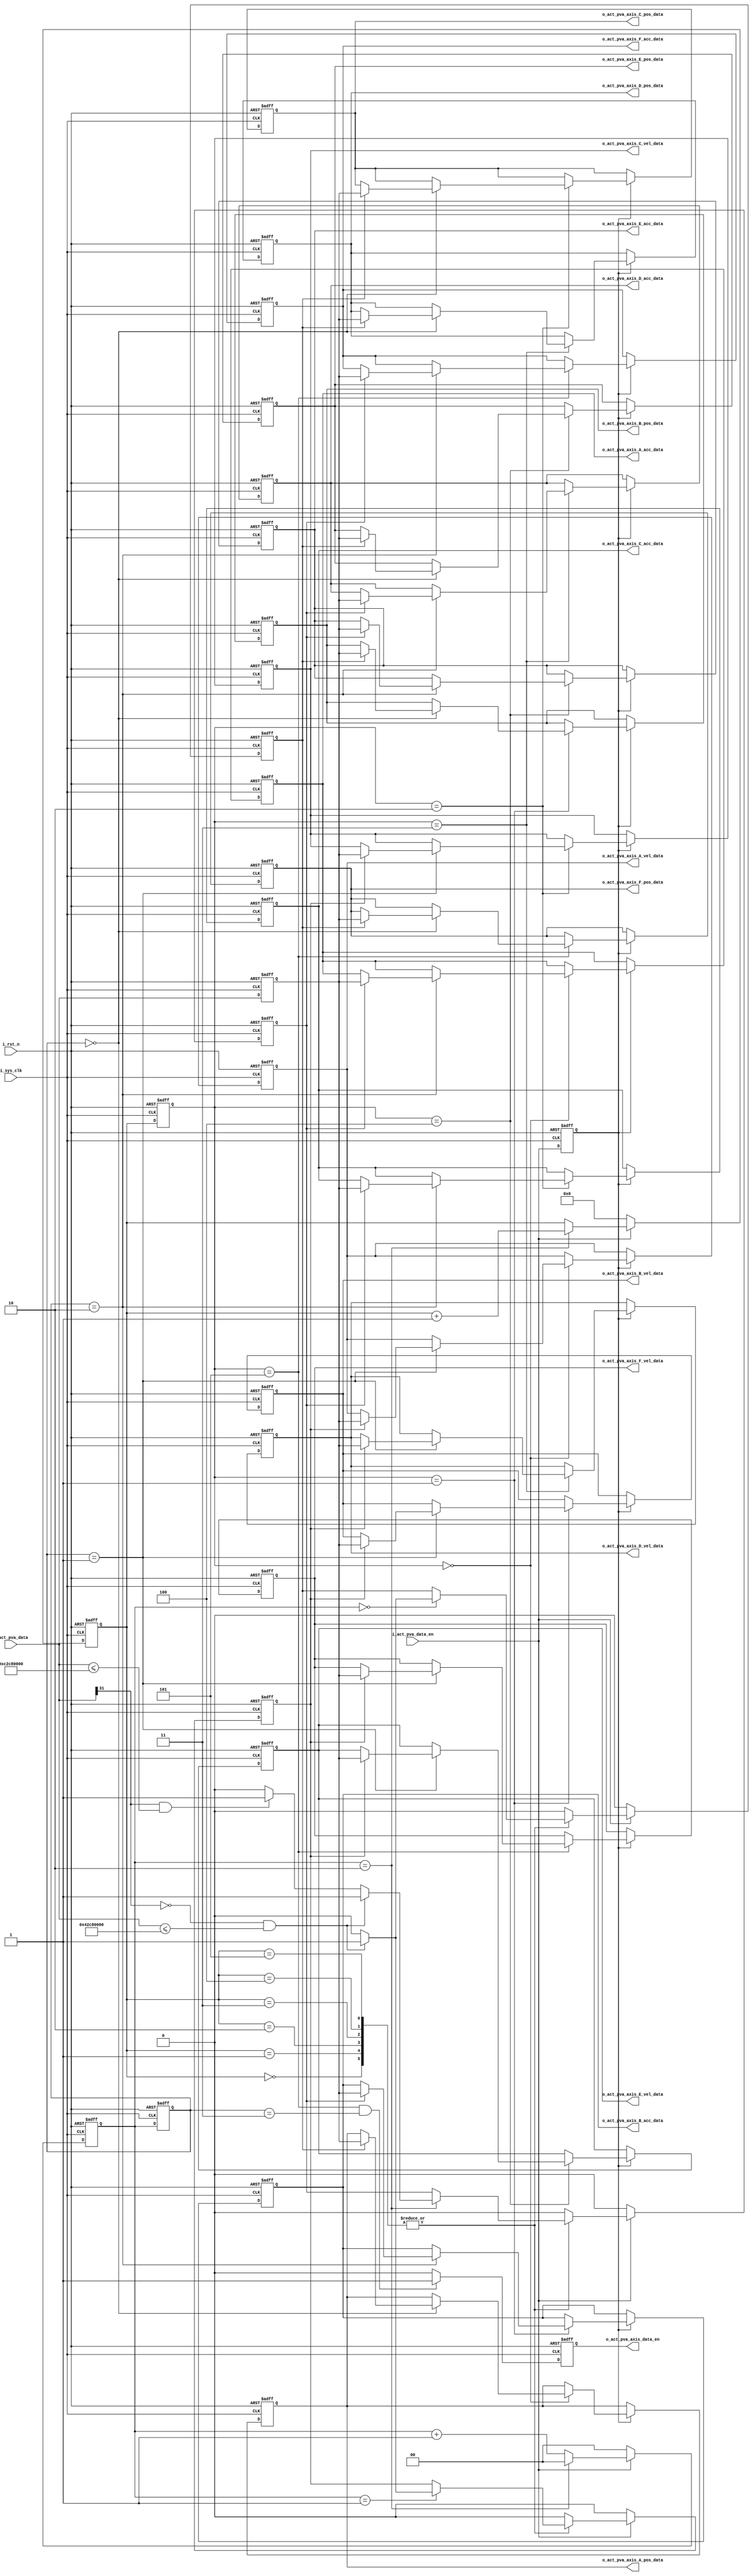
`timescale 1ns / 1ps
//////////////////////////////////////////////////////////////////////////////////
// Company:             Xunitek
// Module Name:         
// HDL Type:            Verilog HDL 
// Target Devices:      zynq-xc7z020clg484-1
// Tool versions:       vivado 2019.1 
// Description:         
// Create Date: 
// Dependencies: 
//--------------------------------------------------------------------------------
// Revision History 		                         
//
//--------------------------------------------------------------------------------
// Additional Comments: 
//protocal data header description:(16 bytes)
//byte          description          type           unit     value
// 4            pkg_length           uint_32        byte 
// 4            pkg_cnt              uint_32        num
// 4            reserved             uint_32        num
// 4            instruct_ID          uint_32        num
//
//instruct_ID:
//001:connect request
//002:disconnect request
//100:platform DOF command mode data
//101:actuator position command mode data
//102:motion cueing mode data
//103:playback mode data
//104:extended motion cueing mode data
//105:actuator position,velocity,acceleration command mode data
// 
//////////////////////////////////////////////////////////////////////////////////
module actuator_pva #(parameter INS_WIDTH = 32)
        (
            input                   i_sys_clk,
            input                   i_rst_n,
            input                   i_act_pva_data_en,                
            input [INS_WIDTH-1:0]   i_act_pva_data,    

            output [INS_WIDTH-1:0]  o_act_pva_axis_A_pos_data,
            output [INS_WIDTH-1:0]  o_act_pva_axis_A_vel_data,
            output [INS_WIDTH-1:0]  o_act_pva_axis_A_acc_data,
            output [INS_WIDTH-1:0]  o_act_pva_axis_B_pos_data,
            output [INS_WIDTH-1:0]  o_act_pva_axis_B_vel_data,
            output [INS_WIDTH-1:0]  o_act_pva_axis_B_acc_data,
            output [INS_WIDTH-1:0]  o_act_pva_axis_C_pos_data,
            output [INS_WIDTH-1:0]  o_act_pva_axis_C_vel_data,
            output [INS_WIDTH-1:0]  o_act_pva_axis_C_acc_data,
            output [INS_WIDTH-1:0]  o_act_pva_axis_D_pos_data,
            output [INS_WIDTH-1:0]  o_act_pva_axis_D_vel_data,
            output [INS_WIDTH-1:0]  o_act_pva_axis_D_acc_data,
            output [INS_WIDTH-1:0]  o_act_pva_axis_E_pos_data,
            output [INS_WIDTH-1:0]  o_act_pva_axis_E_vel_data,
            output [INS_WIDTH-1:0]  o_act_pva_axis_E_acc_data,
            output [INS_WIDTH-1:0]  o_act_pva_axis_F_pos_data,
            output [INS_WIDTH-1:0]  o_act_pva_axis_F_vel_data,
            output [INS_WIDTH-1:0]  o_act_pva_axis_F_acc_data,
            output reg              o_act_pva_axis_data_en
        );

//axis A
reg [INS_WIDTH-1:0]     s_axis_A_pos_max=32'h42C8_0000;//100m
reg [INS_WIDTH-1:0]     s_axis_A_vel_max=32'h42C8_0000;//100m/s
reg [INS_WIDTH-1:0]     s_axis_A_acc_min=32'hC2C8_0000;//-100m/s2
reg [INS_WIDTH-1:0]     s_axis_A_acc_max=32'h42C8_0000;//100m/s2
//axis B
reg [INS_WIDTH-1:0]     s_axis_B_pos_max=32'h42C8_0000;//100m
reg [INS_WIDTH-1:0]     s_axis_B_vel_max=32'h42C8_0000;//100m/s
reg [INS_WIDTH-1:0]     s_axis_B_acc_min=32'hC2C8_0000;//-100m/s2
reg [INS_WIDTH-1:0]     s_axis_B_acc_max=32'h42C8_0000;//100m/s2
//axis C
reg [INS_WIDTH-1:0]     s_axis_C_pos_max=32'h42C8_0000;//100m
reg [INS_WIDTH-1:0]     s_axis_C_vel_max=32'h42C8_0000;//100m/s
reg [INS_WIDTH-1:0]     s_axis_C_acc_min=32'hC2C8_0000;//-100m/s2
reg [INS_WIDTH-1:0]     s_axis_C_acc_max=32'h42C8_0000;//100m/s2
//axis D
reg [INS_WIDTH-1:0]     s_axis_D_pos_max=32'h42C8_0000;//100m
reg [INS_WIDTH-1:0]     s_axis_D_vel_max=32'h42C8_0000;//100m/s
reg [INS_WIDTH-1:0]     s_axis_D_acc_min=32'hC2C8_0000;//-100m/s2
reg [INS_WIDTH-1:0]     s_axis_D_acc_max=32'h42C8_0000;//100m/s2
//axis E
reg [INS_WIDTH-1:0]     s_axis_E_pos_max=32'h42C8_0000;//100m
reg [INS_WIDTH-1:0]     s_axis_E_vel_max=32'h42C8_0000;//100m/s
reg [INS_WIDTH-1:0]     s_axis_E_acc_min=32'hC2C8_0000;//-100m/s2
reg [INS_WIDTH-1:0]     s_axis_E_acc_max=32'h42C8_0000;//100m/s2
//axis F
reg [INS_WIDTH-1:0]     s_axis_F_pos_max=32'h42C8_0000;//100m
reg [INS_WIDTH-1:0]     s_axis_F_vel_max=32'h42C8_0000;//100m/s
reg [INS_WIDTH-1:0]     s_axis_F_acc_min=32'hC2C8_0000;//-100m/s2
reg [INS_WIDTH-1:0]     s_axis_F_acc_max=32'h42C8_0000;//100m/s2

reg [INS_WIDTH-1:0]     s_axis_A_pos_data;
reg [INS_WIDTH-1:0]     s_axis_A_vel_data;
reg [INS_WIDTH-1:0]     s_axis_A_acc_data;

reg [INS_WIDTH-1:0]     s_axis_B_pos_data;
reg [INS_WIDTH-1:0]     s_axis_B_vel_data;
reg [INS_WIDTH-1:0]     s_axis_B_acc_data;

reg [INS_WIDTH-1:0]     s_axis_C_pos_data;
reg [INS_WIDTH-1:0]     s_axis_C_vel_data;
reg [INS_WIDTH-1:0]     s_axis_C_acc_data;

reg [INS_WIDTH-1:0]     s_axis_D_pos_data;
reg [INS_WIDTH-1:0]     s_axis_D_vel_data;
reg [INS_WIDTH-1:0]     s_axis_D_acc_data;

reg [INS_WIDTH-1:0]     s_axis_E_pos_data;
reg [INS_WIDTH-1:0]     s_axis_E_vel_data;
reg [INS_WIDTH-1:0]     s_axis_E_acc_data;

reg [INS_WIDTH-1:0]     s_axis_F_pos_data;
reg [INS_WIDTH-1:0]     s_axis_F_vel_data;
reg [INS_WIDTH-1:0]     s_axis_F_acc_data;



reg [4:0]               s_data_cnt;
reg [1:0]               s_data_loop_cnt;
reg [3:0]               s_axis_cnt;
reg [1:0]               s_data_loop_cnt_reg;
reg [3:0]               s_axis_cnt_reg;
reg [4:0]               s_data_valid_record;
reg                     s_pos_data_valid;
reg                     s_vel_data_valid;
reg                     s_acc_data_valid;
reg [INS_WIDTH-1:0]     s_act_pva_data;
reg                     s_act_pva_data_en;


always@(posedge i_sys_clk or negedge i_rst_n)begin
    if(!i_rst_n)begin
        s_data_loop_cnt <= 'd0;
        s_axis_cnt      <= 'd0;
    end else if(i_act_pva_data_en)begin
        if(s_data_loop_cnt == 2)begin
            s_data_loop_cnt <= 'd0;
            s_axis_cnt      <= s_axis_cnt + 1'b1;
        end else begin
            s_data_loop_cnt <= s_data_loop_cnt + 1'b1;
            s_axis_cnt      <= s_axis_cnt;
        end
    end else begin
        s_data_loop_cnt <= 'd0;
        s_axis_cnt      <= 'd0;
    end
end

always@(posedge i_sys_clk or negedge i_rst_n)begin
    if(!i_rst_n)begin
        s_data_loop_cnt_reg     <=  'd0;
        s_axis_cnt_reg          <=  'd0;
        s_act_pva_data          <=  'd0;
        s_act_pva_data_en       <= 1'b0;
    end else begin
        s_data_loop_cnt_reg     <= s_data_loop_cnt;
        s_axis_cnt_reg          <= s_axis_cnt;
        s_act_pva_data          <= i_act_pva_data;
        s_act_pva_data_en       <= i_act_pva_data_en;
    end
end

always@(posedge i_sys_clk or negedge i_rst_n)begin
    if(!i_rst_n)begin
        s_pos_data_valid    <= 1'b0;
        s_vel_data_valid    <= 1'b0;
        s_acc_data_valid    <= 1'b0;
    end else if(i_act_pva_data_en)begin
        case(s_axis_cnt)
            'd0://axis A
                begin
                    case(s_data_loop_cnt)
                        'd0:
                            begin
                                if(i_act_pva_data[31]==1'b0 && i_act_pva_data<= s_axis_A_pos_max)begin
                                    s_pos_data_valid    <= 1'b1;
                                end else begin
                                    s_pos_data_valid    <= 1'b0;
                                end
                            end
                        'd1:
                            begin
                                if(i_act_pva_data[31]==1'b0 && i_act_pva_data<= s_axis_A_vel_max)begin
                                    s_vel_data_valid    <= 1'b1;
                                end else begin
                                    s_vel_data_valid    <= 1'b0;
                                end
                            end
                        'd2:
                            begin
                                if(i_act_pva_data[31]==1'b0 && i_act_pva_data<= s_axis_A_acc_max)begin
                                    s_acc_data_valid    <= 1'b1;
                                end else if(i_act_pva_data[31]==1'b1 && i_act_pva_data<= s_axis_A_acc_min)begin
                                    s_acc_data_valid    <= 1'b1;
                                end else begin
                                    s_acc_data_valid    <= 1'b0;
                                end
                            end
                        default: ;
                    endcase        
                end
            'd1: //axis B
                begin
                    case(s_data_loop_cnt)
                        'd0:
                            begin
                                if(i_act_pva_data[31]==1'b0 && i_act_pva_data<= s_axis_B_pos_max)begin
                                    s_pos_data_valid    <= 1'b1;
                                end else begin
                                    s_pos_data_valid    <= 1'b0;
                                end
                            end
                        'd1:
                            begin
                                if(i_act_pva_data[31]==1'b0 && i_act_pva_data<= s_axis_B_vel_max)begin
                                    s_vel_data_valid    <= 1'b1;
                                end else begin
                                    s_vel_data_valid    <= 1'b0;
                                end
                            end
                        'd2:
                            begin
                                if(i_act_pva_data[31]==1'b0 && i_act_pva_data<= s_axis_B_acc_max)begin
                                    s_acc_data_valid    <= 1'b1;
                                end else if(i_act_pva_data[31]==1'b1 && i_act_pva_data<= s_axis_B_acc_min)begin
                                    s_acc_data_valid    <= 1'b1;
                                end else begin
                                    s_acc_data_valid    <= 1'b0;
                                end
                            end
                        default: ;
                    endcase        
                end            
            'd2: //axis C
                begin
                    case(s_data_loop_cnt)
                        'd0:
                            begin
                                if(i_act_pva_data[31]==1'b0 && i_act_pva_data<= s_axis_C_pos_max)begin
                                    s_pos_data_valid    <= 1'b1;
                                end else begin
                                    s_pos_data_valid    <= 1'b0;
                                end
                            end
                        'd1:
                            begin
                                if(i_act_pva_data[31]==1'b0 && i_act_pva_data<= s_axis_C_vel_max)begin
                                    s_vel_data_valid    <= 1'b1;
                                end else begin
                                    s_vel_data_valid    <= 1'b0;
                                end
                            end
                        'd2:
                            begin
                                if(i_act_pva_data[31]==1'b0 && i_act_pva_data<= s_axis_C_acc_max)begin
                                    s_acc_data_valid    <= 1'b1;
                                end else if(i_act_pva_data[31]==1'b1 && i_act_pva_data<= s_axis_C_acc_min)begin
                                    s_acc_data_valid    <= 1'b1;
                                end else begin
                                    s_acc_data_valid    <= 1'b0;
                                end
                            end
                        default: ;
                    endcase        
                end  
            'd3: //axis D
                begin
                    case(s_data_loop_cnt)
                        'd0:
                            begin
                                if(i_act_pva_data[31]==1'b0 && i_act_pva_data<= s_axis_D_pos_max)begin
                                    s_pos_data_valid    <= 1'b1;
                                end else begin
                                    s_pos_data_valid    <= 1'b0;
                                end
                            end
                        'd1:
                            begin
                                if(i_act_pva_data[31]==1'b0 && i_act_pva_data<= s_axis_D_vel_max)begin
                                    s_vel_data_valid    <= 1'b1;
                                end else begin
                                    s_vel_data_valid    <= 1'b0;
                                end
                            end
                        'd2:
                            begin
                                if(i_act_pva_data[31]==1'b0 && i_act_pva_data<= s_axis_D_acc_max)begin
                                    s_acc_data_valid    <= 1'b1;
                                end else if(i_act_pva_data[31]==1'b1 && i_act_pva_data<= s_axis_D_acc_min)begin
                                    s_acc_data_valid    <= 1'b1;
                                end else begin
                                    s_acc_data_valid    <= 1'b0;
                                end
                            end
                        default: ;
                    endcase        
                end 
            'd4: //axis E
                begin
                    case(s_data_loop_cnt)
                        'd0:
                            begin
                                if(i_act_pva_data[31]==1'b0 && i_act_pva_data<= s_axis_E_pos_max)begin
                                    s_pos_data_valid    <= 1'b1;
                                end else begin
                                    s_pos_data_valid    <= 1'b0;
                                end
                            end
                        'd1:
                            begin
                                if(i_act_pva_data[31]==1'b0 && i_act_pva_data<= s_axis_E_vel_max)begin
                                    s_vel_data_valid    <= 1'b1;
                                end else begin
                                    s_vel_data_valid    <= 1'b0;
                                end
                            end
                        'd2:
                            begin
                                if(i_act_pva_data[31]==1'b0 && i_act_pva_data<= s_axis_E_acc_max)begin
                                    s_acc_data_valid    <= 1'b1;
                                end else if(i_act_pva_data[31]==1'b1 && i_act_pva_data<= s_axis_E_acc_min)begin
                                    s_acc_data_valid    <= 1'b1;
                                end else begin
                                    s_acc_data_valid    <= 1'b0;
                                end
                            end
                        default: ;
                    endcase        
                end
            'd5: //axis F
                begin
                    case(s_data_loop_cnt)
                        'd0:
                            begin
                                if(i_act_pva_data[31]==1'b0 && i_act_pva_data<= s_axis_F_pos_max)begin
                                    s_pos_data_valid    <= 1'b1;
                                end else begin
                                    s_pos_data_valid    <= 1'b0;
                                end
                            end
                        'd1:
                            begin
                                if(i_act_pva_data[31]==1'b0 && i_act_pva_data<= s_axis_F_vel_max)begin
                                    s_vel_data_valid    <= 1'b1;
                                end else begin
                                    s_vel_data_valid    <= 1'b0;
                                end
                            end
                        'd2:
                            begin
                                if(i_act_pva_data[31]==1'b0 && i_act_pva_data<= s_axis_F_acc_max)begin
                                    s_acc_data_valid    <= 1'b1;
                                end else if(i_act_pva_data[31]==1'b1 && i_act_pva_data<= s_axis_F_acc_min)begin
                                    s_acc_data_valid    <= 1'b1;
                                end else begin
                                    s_acc_data_valid    <= 1'b0;
                                end
                            end
                        default: ;
                    endcase        
                end 
            default:
                begin
                    s_pos_data_valid    <= 1'b0;
                    s_vel_data_valid    <= 1'b0;
                    s_acc_data_valid    <= 1'b0;
                end
        endcase
    end else begin
        s_pos_data_valid    <= 1'b0;
        s_vel_data_valid    <= 1'b0;
        s_acc_data_valid    <= 1'b0;
    end
end

// when this frame received,judge the record,if it equal 18, this frame data is OK.else discard this frame data.
always@(posedge i_sys_clk or negedge i_rst_n)begin
    if(!i_rst_n)begin
        s_data_valid_record  <= 'd0;
        s_axis_A_pos_data    <= 'd0;
        s_axis_A_vel_data    <= 'd0;
        s_axis_A_acc_data    <= 'd0;
        s_axis_B_pos_data    <= 'd0;
        s_axis_B_vel_data    <= 'd0;
        s_axis_B_acc_data    <= 'd0;
        s_axis_C_pos_data    <= 'd0;
        s_axis_C_vel_data    <= 'd0;
        s_axis_C_acc_data    <= 'd0;
        s_axis_D_pos_data    <= 'd0;
        s_axis_D_vel_data    <= 'd0;
        s_axis_D_acc_data    <= 'd0;
        s_axis_E_pos_data    <= 'd0;
        s_axis_E_vel_data    <= 'd0;
        s_axis_E_acc_data    <= 'd0;
        s_axis_F_pos_data    <= 'd0;
        s_axis_F_vel_data    <= 'd0;
        s_axis_F_acc_data    <= 'd0;
    end else if(s_act_pva_data_en)begin
        case(s_axis_cnt_reg)
            'd0://axis A pva data stored
                begin
                    case(s_data_loop_cnt_reg)
                        'd0:
                            begin
                                if(s_pos_data_valid)begin
                                    s_axis_A_pos_data   <= s_act_pva_data;
                                    s_data_valid_record <= s_data_valid_record + 1'b1;
                                end else begin
                                    s_axis_A_pos_data   <= s_axis_A_pos_data;               //keep the former frame data; 
                                    s_data_valid_record <= s_data_valid_record;
                                end
                            end
                        'd1:
                            begin
                                if(s_vel_data_valid)begin
                                    s_axis_A_vel_data   <= s_act_pva_data;
                                    s_data_valid_record <= s_data_valid_record + 1'b1;
                                end else begin
                                    s_axis_A_vel_data   <= s_axis_A_vel_data;               //keep the former frame data; 
                                    s_data_valid_record <= s_data_valid_record;
                                end
                            end
                        'd2:
                            begin
                                if(s_acc_data_valid)begin
                                    s_axis_A_acc_data   <= s_act_pva_data;
                                    s_data_valid_record <= s_data_valid_record + 1'b1;
                                end else begin
                                    s_axis_A_acc_data   <= s_axis_A_acc_data;               //keep the former frame data; 
                                    s_data_valid_record <= s_data_valid_record;
                                end
                            end
                        default: ;
                    endcase
                end
            'd1://axis B pva data stored
                begin
                    case(s_data_loop_cnt_reg)
                        'd0:
                            begin
                                if(s_pos_data_valid)begin
                                    s_axis_B_pos_data   <= s_act_pva_data;
                                    s_data_valid_record <= s_data_valid_record + 1'b1;
                                end else begin
                                    s_axis_B_pos_data   <= s_axis_B_pos_data;               //keep the former frame data; 
                                    s_data_valid_record <= s_data_valid_record;
                                end
                            end
                        'd1:
                            begin
                                if(s_vel_data_valid)begin
                                    s_axis_B_vel_data   <= s_act_pva_data;
                                    s_data_valid_record <= s_data_valid_record + 1'b1;
                                end else begin
                                    s_axis_B_vel_data   <= s_axis_B_vel_data;               //keep the former frame data; 
                                    s_data_valid_record <= s_data_valid_record;
                                end
                            end
                        'd2:
                            begin
                                if(s_acc_data_valid)begin
                                    s_axis_B_acc_data   <= s_act_pva_data;
                                    s_data_valid_record <= s_data_valid_record + 1'b1;
                                end else begin
                                    s_axis_B_acc_data   <= s_axis_B_acc_data;               //keep the former frame data; 
                                    s_data_valid_record <= s_data_valid_record;
                                end
                            end
                        default: ;
                    endcase
                end
            'd2://axis C pva data stored
                begin
                    case(s_data_loop_cnt_reg)
                        'd0:
                            begin
                                if(s_pos_data_valid)begin
                                    s_axis_C_pos_data   <= s_act_pva_data;
                                    s_data_valid_record <= s_data_valid_record + 1'b1;
                                end else begin
                                    s_axis_C_pos_data   <= s_axis_C_pos_data;               //keep the former frame data; 
                                    s_data_valid_record <= s_data_valid_record;
                                end
                            end
                        'd1:
                            begin
                                if(s_vel_data_valid)begin
                                    s_axis_C_vel_data   <= s_act_pva_data;
                                    s_data_valid_record <= s_data_valid_record + 1'b1;
                                end else begin
                                    s_axis_C_vel_data   <= s_axis_C_vel_data;               //keep the former frame data; 
                                    s_data_valid_record <= s_data_valid_record;
                                end
                            end
                        'd2:
                            begin
                                if(s_acc_data_valid)begin
                                    s_axis_C_acc_data   <= s_act_pva_data;
                                    s_data_valid_record <= s_data_valid_record + 1'b1;
                                end else begin
                                    s_axis_C_acc_data   <= s_axis_C_acc_data;               //keep the former frame data; 
                                    s_data_valid_record <= s_data_valid_record;
                                end
                            end
                        default: ;
                    endcase
                end
            'd3://axis D pva data stored
                begin
                    case(s_data_loop_cnt_reg)
                        'd0:
                            begin
                                if(s_pos_data_valid)begin
                                    s_axis_D_pos_data   <= s_act_pva_data;
                                    s_data_valid_record <= s_data_valid_record + 1'b1;
                                end else begin
                                    s_axis_D_pos_data   <= s_axis_D_pos_data;               //keep the former frame data; 
                                    s_data_valid_record <= s_data_valid_record;
                                end
                            end
                        'd1:
                            begin
                                if(s_vel_data_valid)begin
                                    s_axis_D_vel_data   <= s_act_pva_data;
                                    s_data_valid_record <= s_data_valid_record + 1'b1;
                                end else begin
                                    s_axis_D_vel_data   <= s_axis_D_vel_data;               //keep the former frame data; 
                                    s_data_valid_record <= s_data_valid_record;
                                end
                            end
                        'd2:
                            begin
                                if(s_acc_data_valid)begin
                                    s_axis_D_acc_data   <= s_act_pva_data;
                                    s_data_valid_record <= s_data_valid_record + 1'b1;
                                end else begin
                                    s_axis_D_acc_data   <= s_axis_D_acc_data;               //keep the former frame data; 
                                    s_data_valid_record <= s_data_valid_record;
                                end
                            end
                        default: ;
                    endcase
                end
            'd4://axis E pva data stored
                begin
                    case(s_data_loop_cnt_reg)
                        'd0:
                            begin
                                if(s_pos_data_valid)begin
                                    s_axis_E_pos_data   <= s_act_pva_data;
                                    s_data_valid_record <= s_data_valid_record + 1'b1;
                                end else begin
                                    s_axis_E_pos_data   <= s_axis_E_pos_data;               //keep the former frame data; 
                                    s_data_valid_record <= s_data_valid_record;
                                end
                            end
                        'd1:
                            begin
                                if(s_vel_data_valid)begin
                                    s_axis_E_vel_data   <= s_act_pva_data;
                                    s_data_valid_record <= s_data_valid_record + 1'b1;
                                end else begin
                                    s_axis_E_vel_data   <= s_axis_E_vel_data;               //keep the former frame data; 
                                    s_data_valid_record <= s_data_valid_record;
                                end
                            end
                        'd2:
                            begin
                                if(s_acc_data_valid)begin
                                    s_axis_E_acc_data   <= s_act_pva_data;
                                    s_data_valid_record <= s_data_valid_record + 1'b1;
                                end else begin
                                    s_axis_E_acc_data   <= s_axis_E_acc_data;               //keep the former frame data; 
                                    s_data_valid_record <= s_data_valid_record;
                                end
                            end
                        default: ;
                    endcase
                end
            'd5://axis F pva data stored
                begin
                    case(s_data_loop_cnt_reg)
                        'd0:
                            begin
                                if(s_pos_data_valid)begin
                                    s_axis_F_pos_data   <= s_act_pva_data;
                                    s_data_valid_record <= s_data_valid_record + 1'b1;
                                end else begin
                                    s_axis_F_pos_data   <= s_axis_F_pos_data;               //keep the former frame data; 
                                    s_data_valid_record <= s_data_valid_record;
                                end
                            end
                        'd1:
                            begin
                                if(s_vel_data_valid)begin
                                    s_axis_F_vel_data   <= s_act_pva_data;
                                    s_data_valid_record <= s_data_valid_record + 1'b1;
                                end else begin
                                    s_axis_F_vel_data   <= s_axis_F_vel_data;               //keep the former frame data; 
                                    s_data_valid_record <= s_data_valid_record;
                                end
                            end
                        'd2:
                            begin
                                if(s_acc_data_valid)begin
                                    s_axis_F_acc_data   <= s_act_pva_data;
                                    s_data_valid_record <= s_data_valid_record + 1'b1;
                                end else begin
                                    s_axis_F_acc_data   <= s_axis_F_acc_data;               //keep the former frame data; 
                                    s_data_valid_record <= s_data_valid_record;
                                end
                            end
                        default: ;
                    endcase
                end
            default:
                begin
                    s_data_valid_record  <= 'd0;
                    s_axis_A_pos_data    <= s_axis_A_pos_data;
                    s_axis_A_vel_data    <= s_axis_A_vel_data;
                    s_axis_A_acc_data    <= s_axis_A_acc_data;
                    s_axis_B_pos_data    <= s_axis_B_pos_data;
                    s_axis_B_vel_data    <= s_axis_B_vel_data;
                    s_axis_B_acc_data    <= s_axis_B_acc_data;
                    s_axis_C_pos_data    <= s_axis_C_pos_data;
                    s_axis_C_vel_data    <= s_axis_C_vel_data;
                    s_axis_C_acc_data    <= s_axis_C_acc_data;
                    s_axis_D_pos_data    <= s_axis_D_pos_data;
                    s_axis_D_vel_data    <= s_axis_D_vel_data;
                    s_axis_D_acc_data    <= s_axis_D_acc_data;
                    s_axis_E_pos_data    <= s_axis_E_pos_data;
                    s_axis_E_vel_data    <= s_axis_E_vel_data;
                    s_axis_E_acc_data    <= s_axis_E_acc_data;
                    s_axis_F_pos_data    <= s_axis_F_pos_data;
                    s_axis_F_vel_data    <= s_axis_F_vel_data;
                    s_axis_F_acc_data    <= s_axis_F_acc_data;
                end
        endcase
    end else begin
        s_data_valid_record  <= 'd0;
        s_axis_A_pos_data    <= s_axis_A_pos_data;
        s_axis_A_vel_data    <= s_axis_A_vel_data;
        s_axis_A_acc_data    <= s_axis_A_acc_data;
        s_axis_B_pos_data    <= s_axis_B_pos_data;
        s_axis_B_vel_data    <= s_axis_B_vel_data;
        s_axis_B_acc_data    <= s_axis_B_acc_data;
        s_axis_C_pos_data    <= s_axis_C_pos_data;
        s_axis_C_vel_data    <= s_axis_C_vel_data;
        s_axis_C_acc_data    <= s_axis_C_acc_data;
        s_axis_D_pos_data    <= s_axis_D_pos_data;
        s_axis_D_vel_data    <= s_axis_D_vel_data;
        s_axis_D_acc_data    <= s_axis_D_acc_data;
        s_axis_E_pos_data    <= s_axis_E_pos_data;
        s_axis_E_vel_data    <= s_axis_E_vel_data;
        s_axis_E_acc_data    <= s_axis_E_acc_data;
        s_axis_F_pos_data    <= s_axis_F_pos_data;
        s_axis_F_vel_data    <= s_axis_F_vel_data;
        s_axis_F_acc_data    <= s_axis_F_acc_data;
    end
end
always@(posedge i_sys_clk or negedge i_rst_n)begin
    if(!i_rst_n)begin
        o_act_pva_axis_data_en  <= 1'b0;
    end else if(s_axis_cnt_reg=='d5 && s_data_loop_cnt_reg == 'd3)begin
        o_act_pva_axis_data_en  <= 1'b1;
    end else begin
        o_act_pva_axis_data_en  <= 1'b0;
    end
end


assign o_act_pva_axis_A_pos_data = s_axis_A_pos_data;
assign o_act_pva_axis_A_vel_data = s_axis_A_vel_data;
assign o_act_pva_axis_A_acc_data = s_axis_A_acc_data;
assign o_act_pva_axis_B_pos_data = s_axis_B_pos_data;
assign o_act_pva_axis_B_vel_data = s_axis_B_vel_data;
assign o_act_pva_axis_B_acc_data = s_axis_B_acc_data;
assign o_act_pva_axis_C_pos_data = s_axis_C_pos_data;
assign o_act_pva_axis_C_vel_data = s_axis_C_vel_data;
assign o_act_pva_axis_C_acc_data = s_axis_C_acc_data;
assign o_act_pva_axis_D_pos_data = s_axis_D_pos_data;
assign o_act_pva_axis_D_vel_data = s_axis_D_vel_data;
assign o_act_pva_axis_D_acc_data = s_axis_D_acc_data;
assign o_act_pva_axis_E_pos_data = s_axis_E_pos_data;
assign o_act_pva_axis_E_vel_data = s_axis_E_vel_data;
assign o_act_pva_axis_E_acc_data = s_axis_E_acc_data;
assign o_act_pva_axis_F_pos_data = s_axis_F_pos_data;
assign o_act_pva_axis_F_vel_data = s_axis_F_vel_data;
assign o_act_pva_axis_F_acc_data = s_axis_F_acc_data;

endmodule